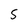
Character: 5